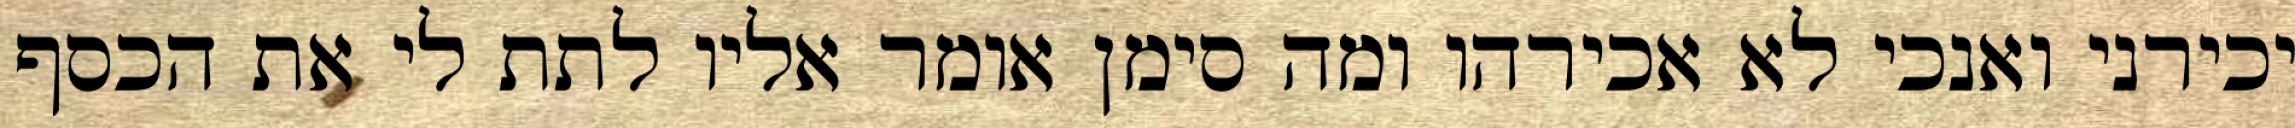
יכירני ואנכי לא אכירהו ומה סימן אומר אליו לתת לי את הכסף